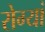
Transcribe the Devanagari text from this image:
रोग्यां